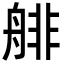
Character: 𦩋